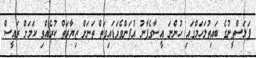
ފަލަސްތީނުގެ ބައިތުލަހަމްގައި ހުންނަ އީސާގެފާނު އުފަންވެވަޑައިގަތް ތަނަށް ޒިޔާރަތް ކުރެއްވި ކަމަށް ރައީސް